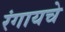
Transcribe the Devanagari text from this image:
रंगायचे